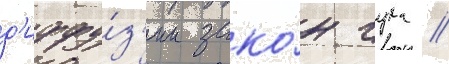
д'иффу́з'ии зако́н гука //